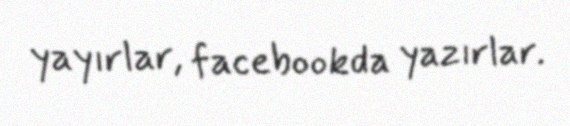
yayırlar, facebookda yazırlar.